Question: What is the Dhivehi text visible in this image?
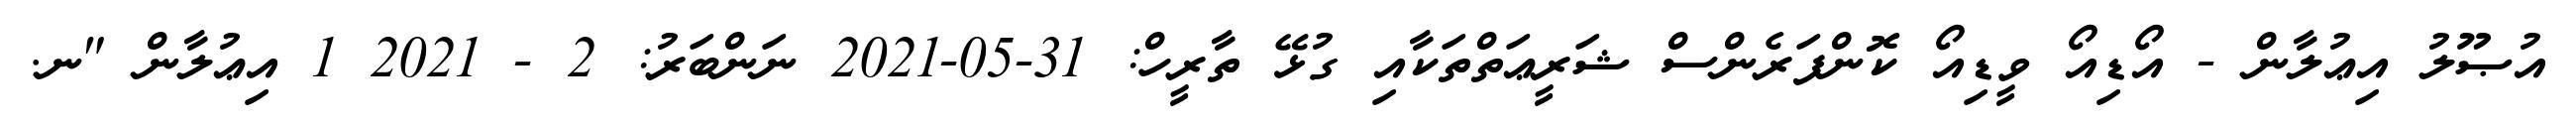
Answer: އުޞޫލު އިޢުލާން - އޯޑިއޯ ވީޑިއޯ ކޮންފަރެންސް ޝަރީޢަތްތަކާއި ގުޅޭ ތާރީހް: 31-05-2021 ނަންބަރު: 2 - 2021 1 އިޢުލާން "ނ.